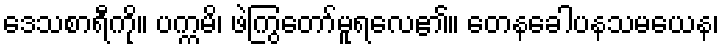
ဒေသစာရီကို။ ပက္ကမိ၊ ဖဲကြွတော်မူရလေ၏။ တေနခေါပနသမယေန၊